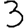
Digit: 3